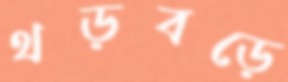
থড়বড়ে